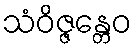
သံဝိဇ္ဇန္တေဝ